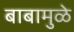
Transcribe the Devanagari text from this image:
बाबामुळे